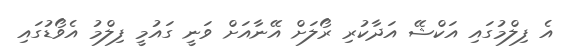
އެ ފިލްމުގައި އަކްޝޭ އަދާކުރި ރޯލަށް އޭނާއަށް ވަނީ ގައުމީ ފިލްމު އެވޯޑުގައި